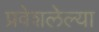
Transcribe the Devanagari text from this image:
प्रवेशलेल्या